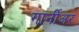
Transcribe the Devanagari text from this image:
गार्नीअर